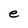
Character: e